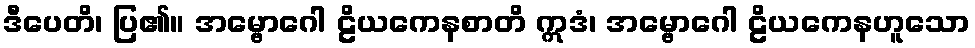
ဒီပေတိ၊ ပြ၏။ အမ္ဗောဂေါ ဠိယကေနစာတိ ဣဒံ၊ အမ္ဗောဂေါ ဠိယကေနဟူသော